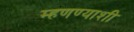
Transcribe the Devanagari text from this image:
म्हणण्याशी